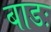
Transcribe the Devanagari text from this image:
बाडः